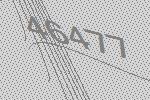
46477